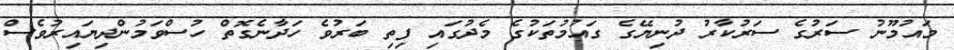
މައުމޫނު ސަރުގެ ސަރުކާރު ދުނިޔޭގެ ގައުމުތަކުގެ މެދުގައި ފިތި ބަރުވެ ހަދާނެގޮތް ހުސްވަމުންދިޔައިރުވެސް